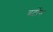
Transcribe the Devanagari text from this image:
बर्टोंन